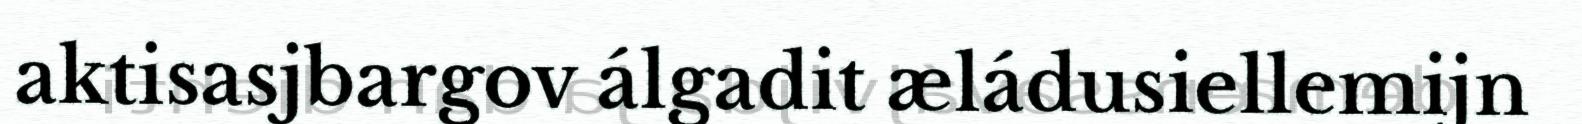
aktisasjbargov álgadit æládusiellemijn